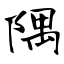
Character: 隅